Punjab Mental Hospital Lahore 1922-31 - 1922-1931
Year: 1922
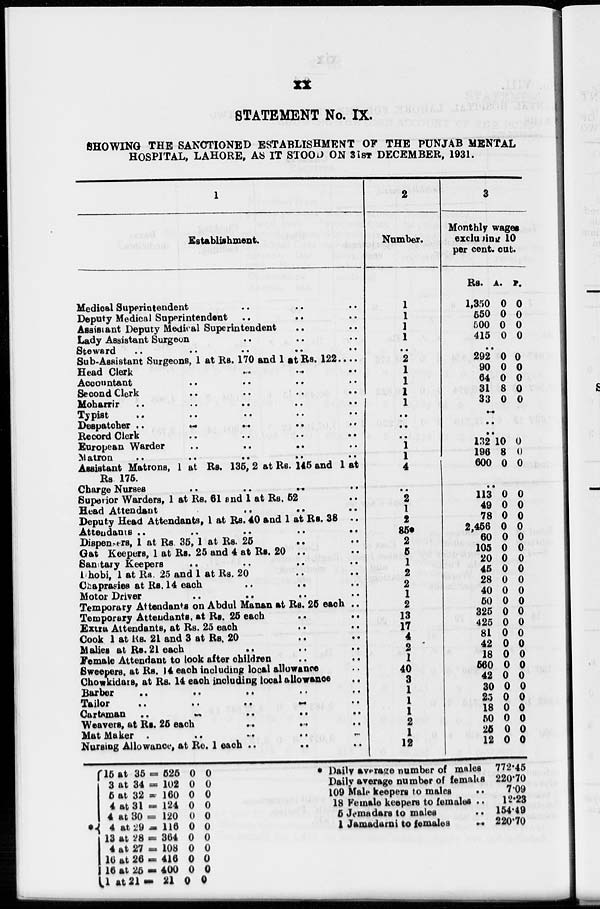
xx
STATEMENT No. IX.
SHOWING THE SANCTIONED ESTABLISHMENT OF THE PUNJAB MENTAL
HOSPITAL, LAHORE, AS IT STOOD ON 31ST DECEMBER, 1931.
1
Establishment.
Medical Superintendent .. .. .. ..
Deputy Medical Superintendent .. .. ..
Assistant Deputy Medical Superintendent .. ..
Lady Assistant Surgeon .. .. .. ..
Steward
..
..
..
..
sub-assistant Surgeons, 1 at Rs. 170 and 1 at Rs. 122 ..
Head Clerk .. .. .. ..
Accountant
..
..
..
..
Second Clerk .. .. .. ..
Moharrir
..
..
..
..
Typist
..
..
..
..
Dispatcher .. .. .. ..
Record Clerk .. .. .. ..
European Warder .. .. .. ..
Matron
..
..
..
..
Assistant Matrons, 1 at Rs. 136, 2 at Rs. 145 and 1 at
Rs 175.
Charge Nurses .. .. .. ..
Superior Warders, 1 at Rs. 61 and 1 at Rs. 52 ..
Head Attendant
..
..
..
..
Deputy Head Attendants, 1 at Rs. 40 and 1 at Rs. 38 ..
Attendants
..
..
..
..
Dispensers, 1 at Rs. 35, 1 at Rs. 25
..
..
Gate Keepers, 1 at Rs. 25 and 4 at Rs. 20 .. ..
Samtary Keepers
..
..
..
..
Dhobi, 1 at Rs. 25 and 1 at Rs. 20 .. ..
Chaprasies at Rs. 14 each .. .. ..
Motor Driver
..
..
..
..
Temporary Attendants on Abdul Manan at Rs. 25 each ..
Temporary Attendants, at Rs. 25
each
..
..
Extra Attendants, at Rs. 25 each .. .. ..
Cook 1 at Rs. 21 and 3 at Rs. 20 .. .. ..
Malies at Rs.21 each
..
..
..
..
Female Attendant to look after children .. ..
Sweepers, at Rs. 14 each including local allowance ..
Chowkidars, at Rs. 14 each including local allowance ..
Barber
..
..
..
..
Tailor
..
..
..
..
Cartsman
..
..
..
..
Weavers, at Rs. 25 each .. .. ..
Mat Maker
..
..
..
..
Nursing Allowance, at Re. 1 each .. .. ..
2
Number.
1
1
1
1
..
2
1
1
1
1
..
..
..
1
1
4
..
2
1
2
85*
2
5
1
2
2
1
2
13
17
4
2
1
40
3
1
1
1
2
1
12
3
Monthly wages
excluding 10
per cent. out.
Rs.
1,350
550
500
415
A.
0
0
0
0
P.
0
0
0
0
..
292
90
64
31
33
0
0
0
8
0
0
0
0
0
0
..
..
..
132
196
600
10
8
0
0
0
0
..
113
49
78
2,456
60
105
20
45
28
40
50
325
425
81
42
18
560
42
30
25
18
50
25
12
0
0
0
0
0
0
0
0
0
0
0
0
0
0
0
0
0
0
0
0
0
0
0
0
0
0
0
0
0
0
0
0
0
0
0
0
0
0
0
0
0
0
0
0
0
0
0
0
*
15 at 35 =
3 at 34 =
5 at 32 =
4 at 31 =
4 at 30 =
4 at 29 =
13 at 28 =
4 at 27 =
16 at 26 =
16 at 25 =
1 at 21=
525
102
160
124
120
116
364
108
416
400
21
0
0
0
0
0
0
0
0
0
0
0
0
0
0
0
0
0
0
0
0
0
0
* Daily average number of males
Daily average number of females
109 Male keepers to males ..
18 Female keepers to females ..
5 Jemadars to males ..
1 Jamadarni to females
..
772.45
220.70
7.09
12.23
154.49
220.70